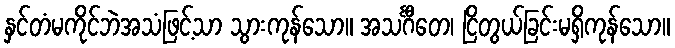
နှင်တံမကိုင်ဘဲအသံဖြင့်သာ သွားကုန်သော။ အသင်္ဂီတေ၊ ငြိတွယ်ခြင်းမရှိကုန်သော။